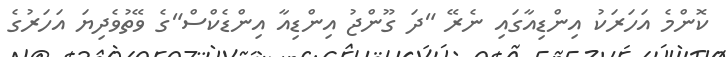
ކޮންމެ އަހަރަކު އިންޑިއާގައި ނެރޭ "ދަ ގޫންޖު އިންޑިއާ އިންޑެކްސް"ގެ ވޭތުވެދިޔަ އަހަރުގެ